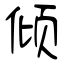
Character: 倾